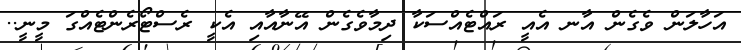
އަހާލަން ވެގެން އާނ އެއީ ރައްޓެއްސަކާ ދިމާވެގެން އޭނާއާއި އެކީ ރެސްޓޯރެންޓެއްގަ މީނީ..